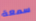
سمعة